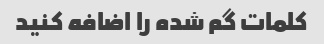
کلمات گم شده را اضافه کنید